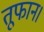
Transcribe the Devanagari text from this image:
तूफान।